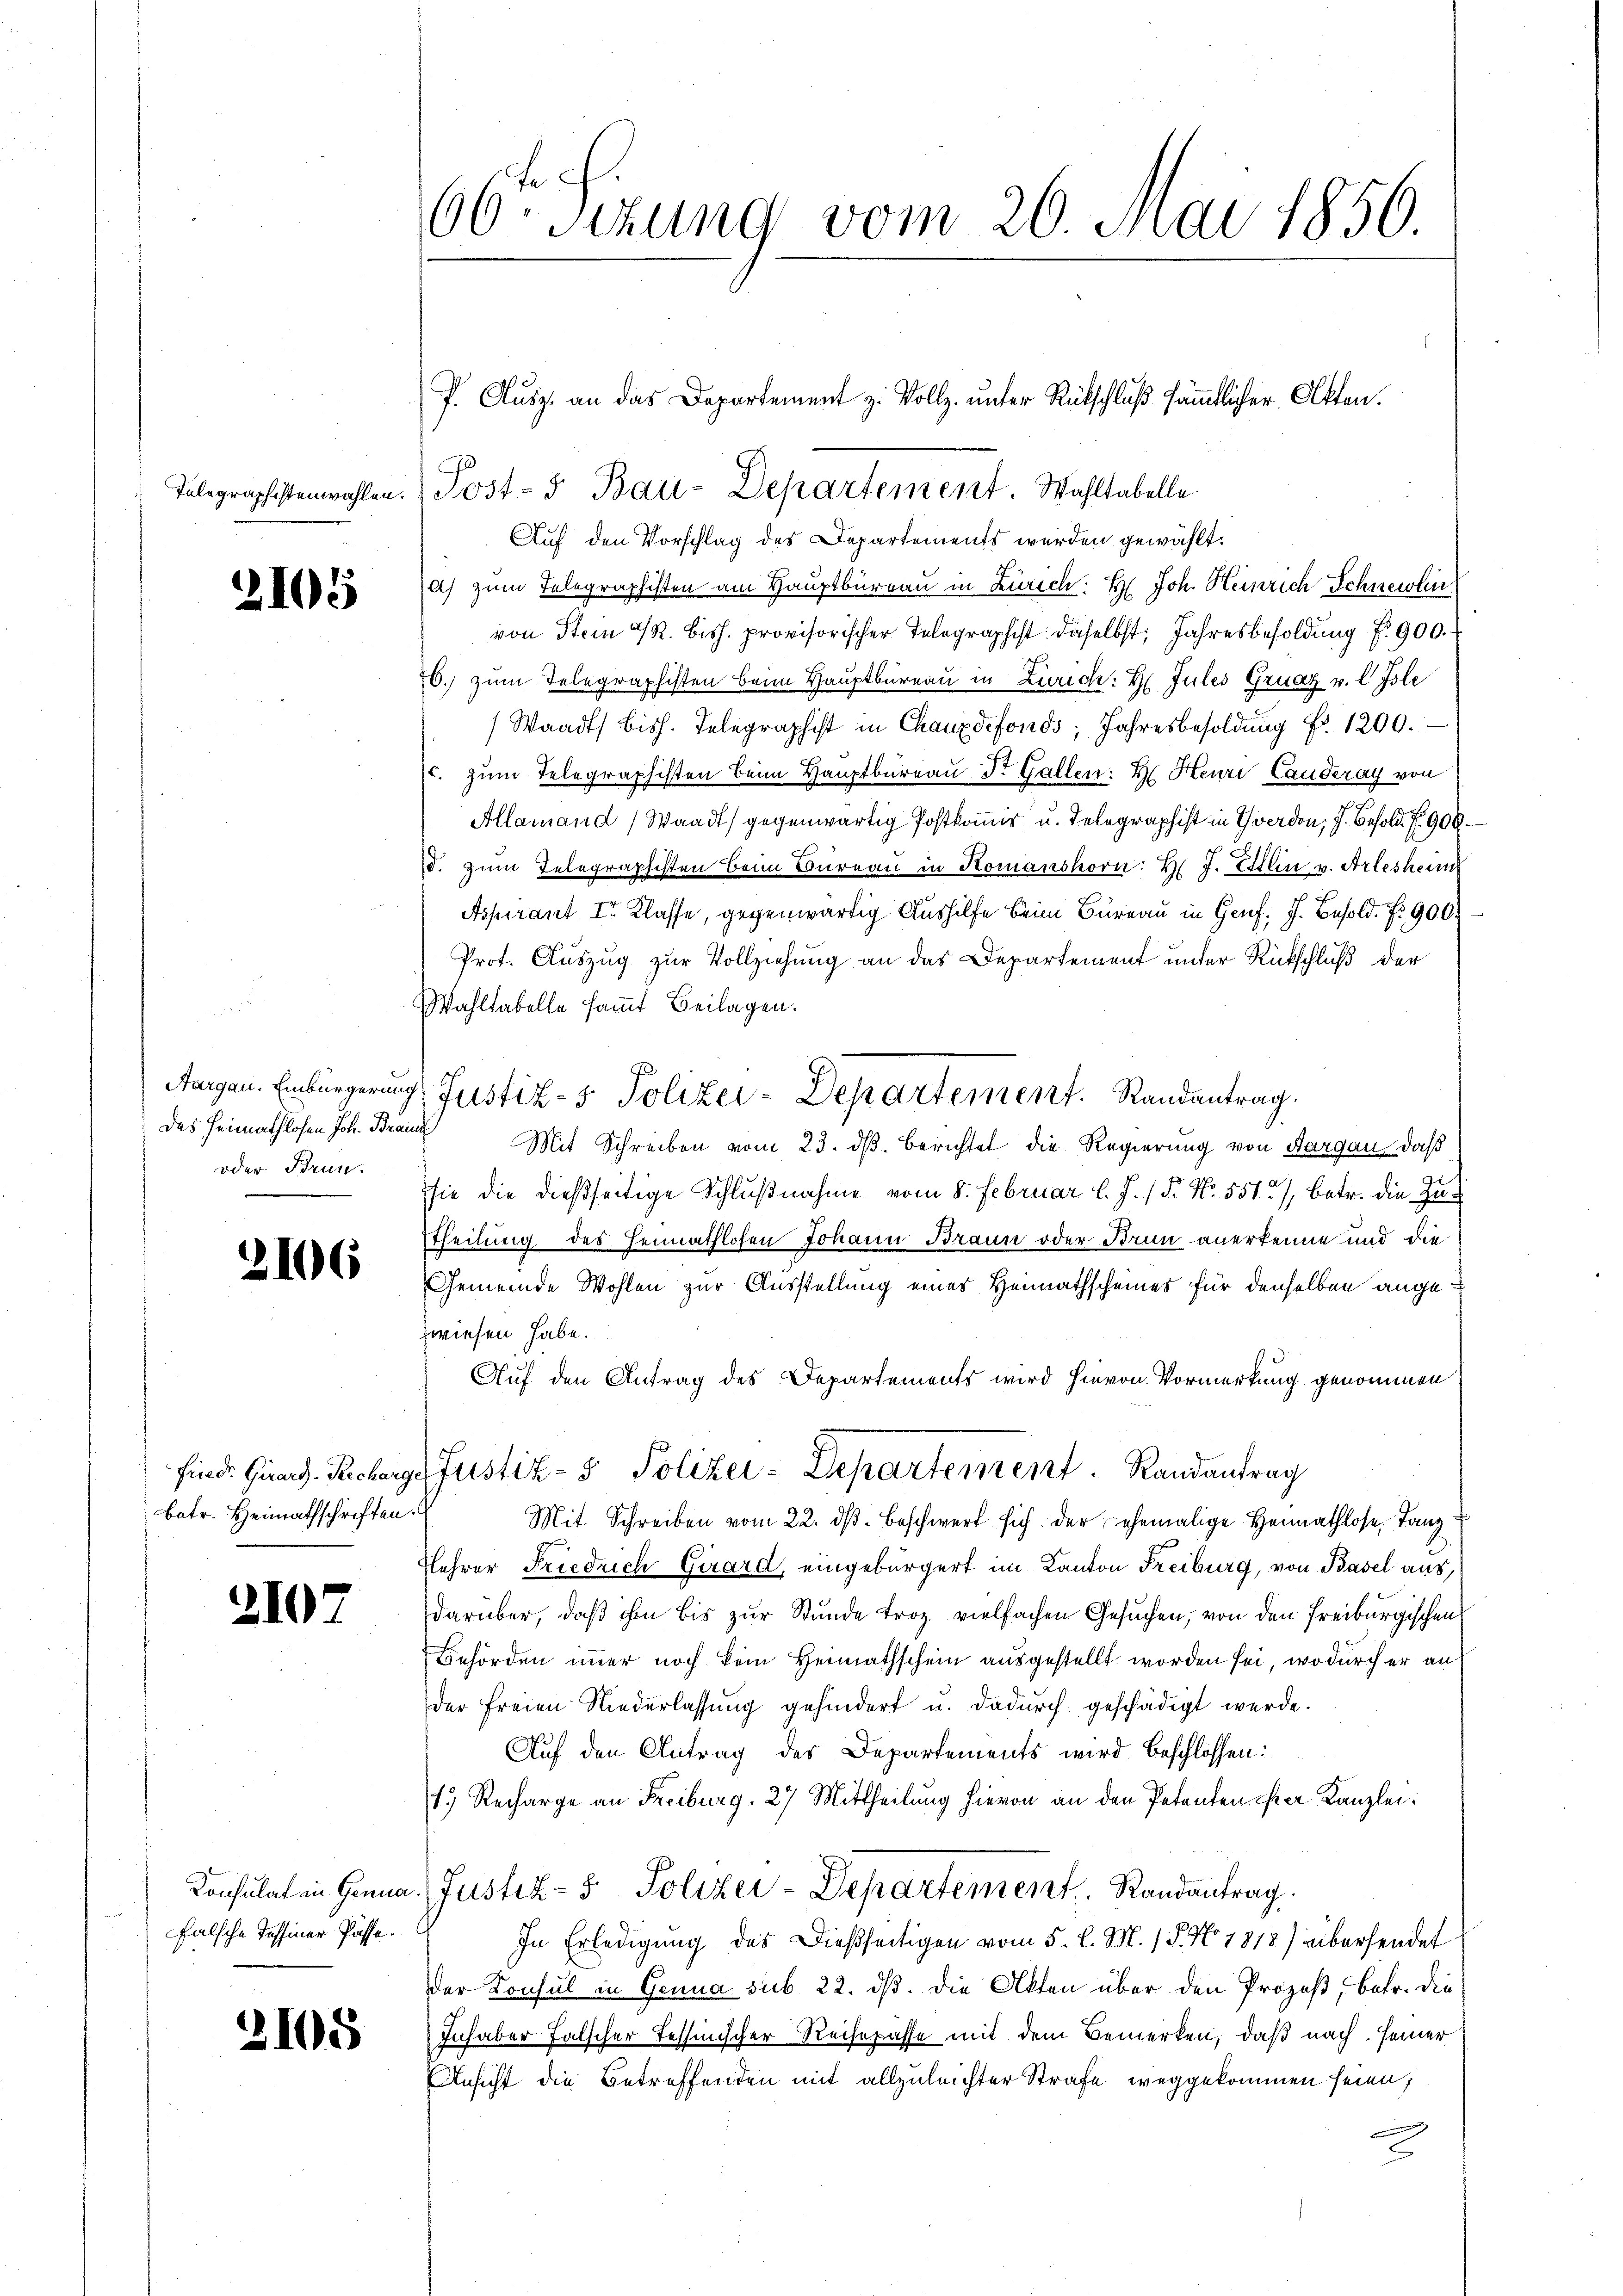
Telegraphistenwahlen

2101

Aargau. Einbürgerung
Das Heimathlosen Joh. Brauns
oder Brun

)

2106

batr. Heimathschriften.

2107

falsche Tessiner Pässe.

2105

60tr. Sizung vom 26. Mai 1856
P. Ausz. an das Departement z. Vollz. unter Rückschluß sämmtlicher Atten.

Post-5 Bau-Departement Wahltabelle
Auf den Vorschlag des Departements werden gewählt.

a) zum Telegraphisten am Hauptbureau in Zürich: H. Joh. Heinrich Schneelin
von Stein R. Bish. provisorischer Telegraphist daselbst, Jahresbesoldung f. 900.
6. zum Telegraphisten beim Hauptbureau in Zürich: Hr. Jules Gruaz v. l. Isle
Waadt bish. Telegraphist in Chauxdifonds; Jahresbesoldung Fr. 1200.
(c. zum Telegraphisten beim Hauptbureau Dr. Gallen: H. Heure Canderay von
Allamand (Waadt) gegenwärtig Postkommis u. Telegraphist in Yverdon, J. Besold. P. 900
d. zum Telegraphisten beim Büreau in Komanshorn: H. J. Estlin v. Arlesheimn
Aspirant Ir Klasse, gegenwärtig Aushilfe beim Büreau in Genf, J. Besold. Nr. 900.
Prot. Auszug zur Vollziehung an das Departement unter Rückschluß der
Wahltabelle sammt Beilagen.
Justiz- & Polizei-Departement. Randantrag.
Mit Schreiben vom 23. ds. berichtet die Regierung von Aargau, daß
sie die dießseitige Schlußnahme vom 8. Februar l. J. /. P. Nr. 551, betr. die Zuttheilung des Heimathlosen Johann Braun oder Brun anerkenne und die
Gemeinde Wohlen zur Ausstellung eines Heimathscheines für denselben angewiesen habe.
Auf den Antrag des Departements wird hievon Vormerkung genommen
sind. Ginn. Recharge Justiz- & Polizei-Departement. Randantrag
Mit Schreiben vom 22. dβ beschwert sich der ehemalige Heimathlose, Tanz¬
Lehrer Friedrich Girard, eingebürgert im Kanton Freiburg, von Basel aus,
darüber, daß ihm bis zur Stunde troz vielfachen Gesuchen, von den Freiburgischen
Behörden immer noch kein Heimathschein ausgestellt worden sei, wodurch er an
der freien Niederlassung gehindert u. dadurch geschädigt werde.
Auf den Antrag des Departements wird beschlossen:
1. Recharge an Freiburg, 27 Mittheilung hievon an den Petenten ister Kanzlei:
Konsulat in Genua Justiz- & Polizei-Departement.   Randantrag
In Erledigung des Dießseitigen vom 5. l. M. / 5. No. 7818) übersendet
der Konsul in Genua sub 22. dß. Die Akten über den Prozeß, betr. die
Inhaber Falscher Tessinischer Reisepasse mit dem Bemerken, daß nach seiner
Ansicht die Betreffenden mit allzuleichter Strafe weggekommen seien;
A
E